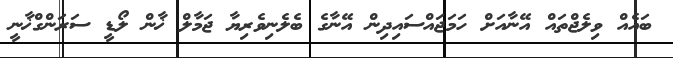
ބައެއް ވިލެޖްތައް އޭނާއަށް ހަމަޖައްސައިދިން އޭނާގެ ބެލެނިވެރިޔާ ޖަމާލް ޚާން ލޯޑީ ސަރަންގްޚާނީ